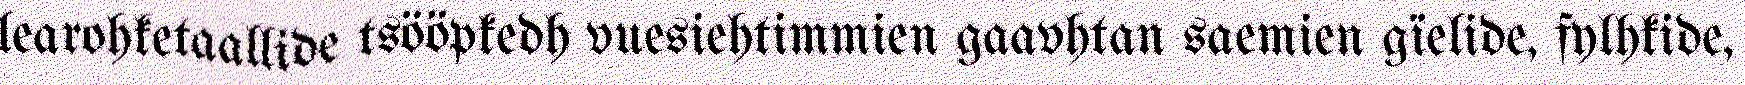
learohketaallide tsööpkedh vuesiehtimmien gaavhtan saemien gïelide, fylhkide,